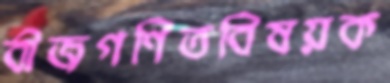
বীজগণিতবিষয়ক